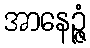
အာနေဉ္ဇံ